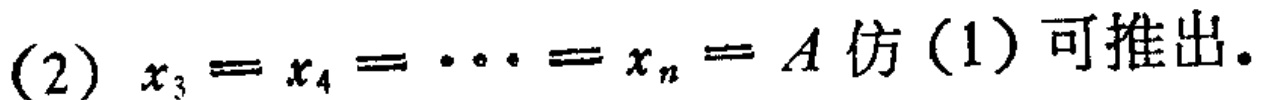
(2) $x_{3}=x_{4}=\cdots =x_{n}=A$ 仿(1)可推出。